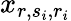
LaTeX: x_{r,s_{i},r_{i}}